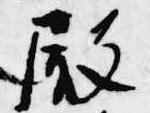
殿